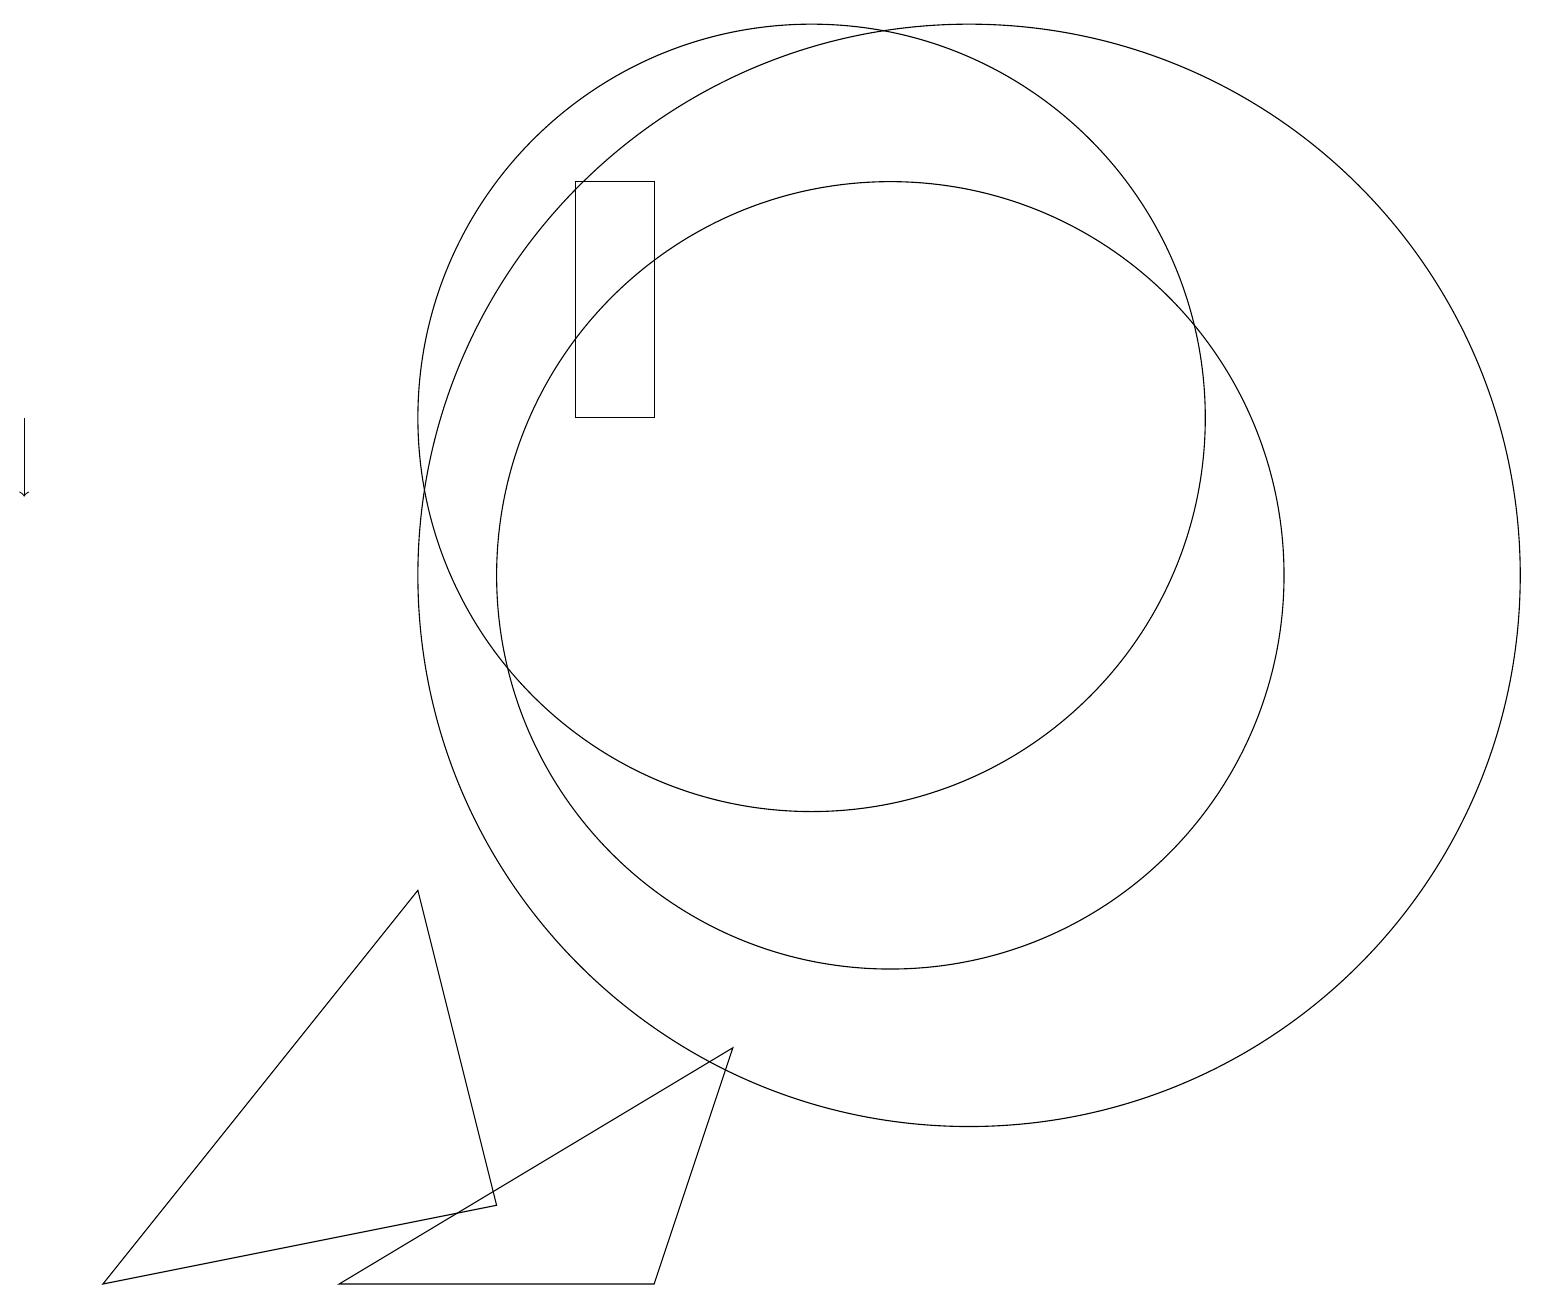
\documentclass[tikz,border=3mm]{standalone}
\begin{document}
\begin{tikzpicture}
\draw[->] (0,12) -- (0,11);
\draw (5,6) -- (6,2) -- (1,1) -- cycle;
\draw (12,10) circle (7);
\draw (10,12) circle (5);
\draw (4,1) -- (8,1) -- (9,4) -- cycle;
\draw (7,12) rectangle (8,15);
\draw (11,10) circle (5);
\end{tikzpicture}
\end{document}